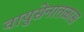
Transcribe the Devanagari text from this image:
वायुसेनातळास